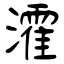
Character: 瀖